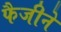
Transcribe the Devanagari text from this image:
फैजीने